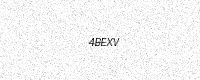
Text: 4BEXV